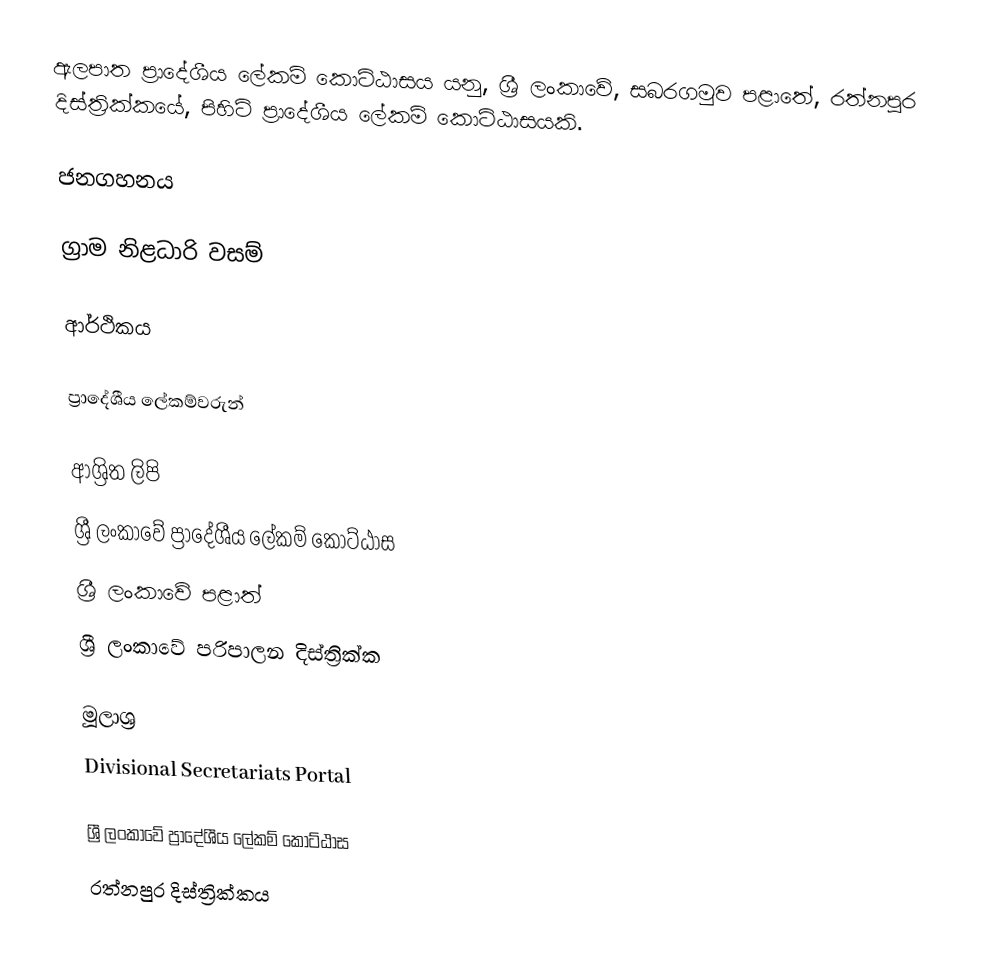
ඇලපාත ප්‍රාදේශීය ලේකම් කොට්ඨාසය යනු,  ශ්‍රී ලංකාවේ, සබරගමුව පළාතේ,   රත්නපුර දිස්ත්‍රික්කයේ, පිහිටි ප්‍රාදේශීය ලේකම් කොට්ඨාසයකි.

ජනගහනය

ග්‍රාම නිළධාරි වසම්

ආර්ථිකය

ප්‍රාදේශීය ලේකම්වරුන්

ආශ්‍රිත ලිපි
ශ්‍රී ලංකාවේ ප්‍රාදේශීය ලේකම් කොට්ඨාස
ශ්‍රී ලංකාවේ පළාත්
ශ්‍රී ලංකාවේ පරිපාලන දිස්ත්‍රික්ක

මූලාශ්‍ර
 Divisional Secretariats Portal

ශ්‍රී ලංකාවේ ප්‍රාදේශීය ලේකම් කොට්ඨාස
රත්නපුර  දිස්ත්‍රික්කය